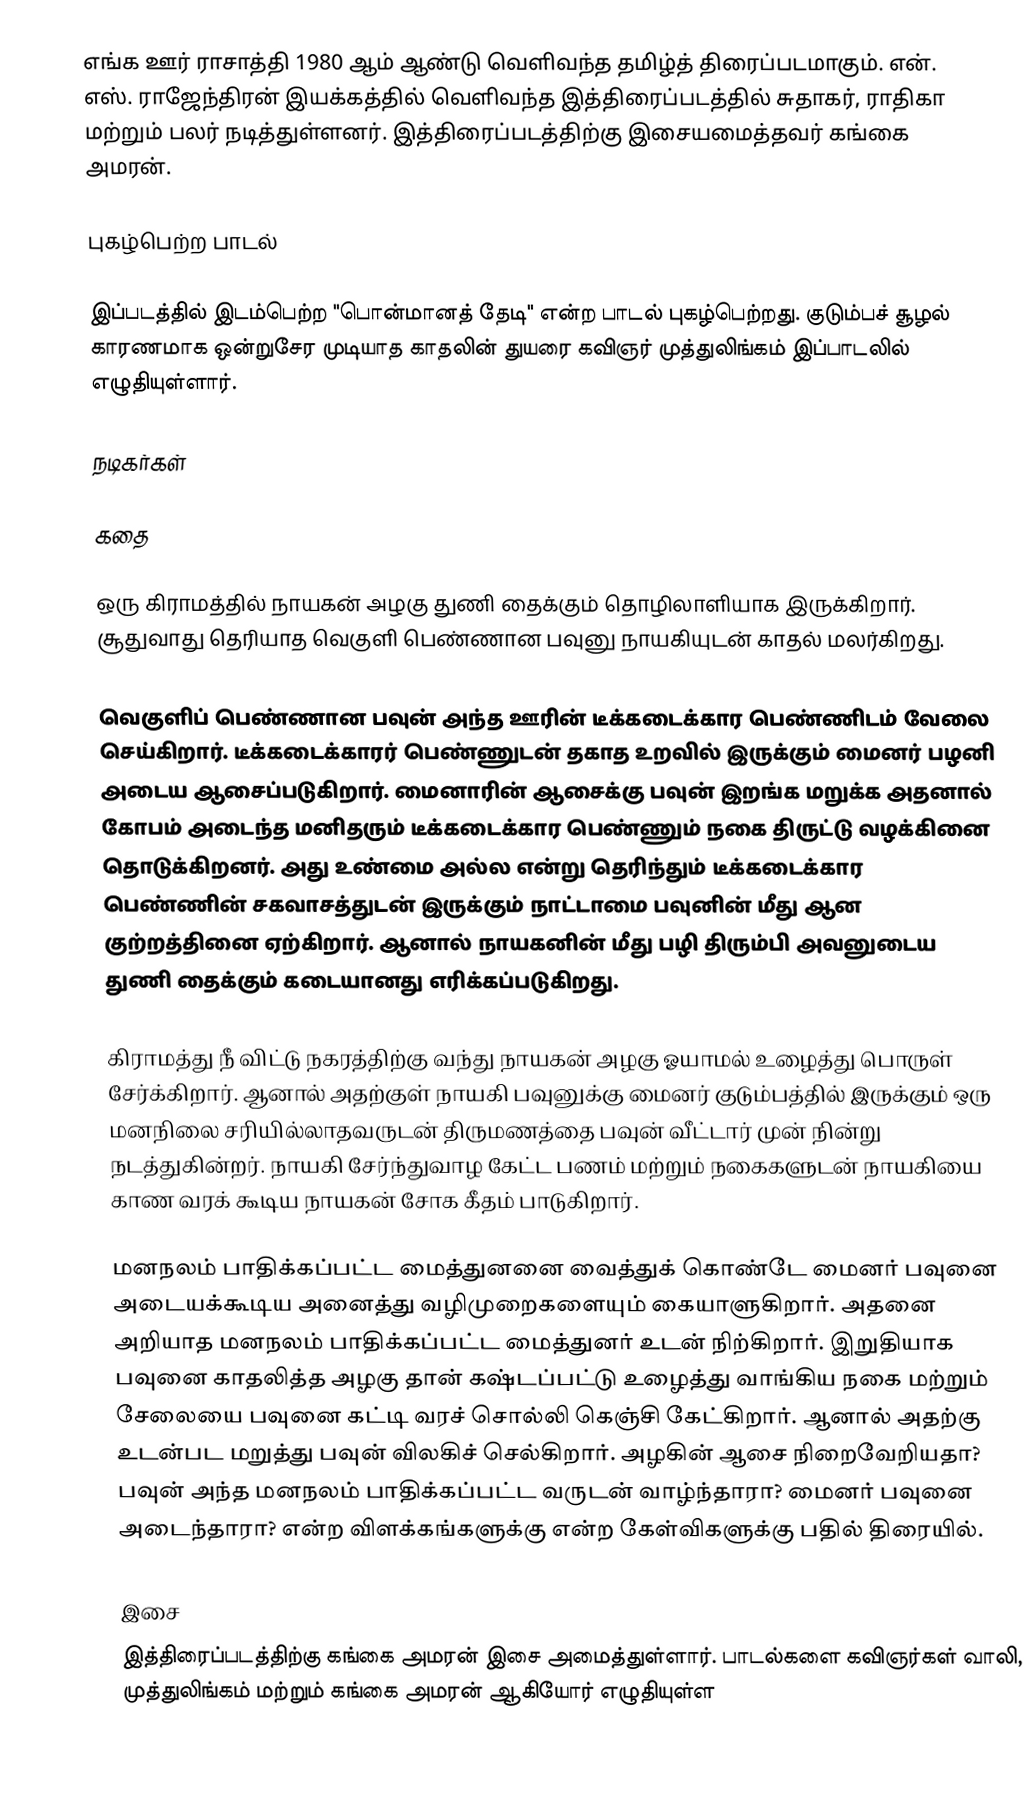
எங்க ஊர் ராசாத்தி 1980 ஆம் ஆண்டு வெளிவந்த தமிழ்த் திரைப்படமாகும். என். எஸ். ராஜேந்திரன் இயக்கத்தில் வெளிவந்த இத்திரைப்படத்தில் சுதாகர், ராதிகா மற்றும் பலர் நடித்துள்ளனர். இத்திரைப்படத்திற்கு இசையமைத்தவர் கங்கை அமரன்.

புகழ்பெற்ற பாடல்

இப்படத்தில் இடம்பெற்ற "பொன்மானத் தேடி" என்ற பாடல் புகழ்பெற்றது. குடும்பச் சூழல் காரணமாக ஒன்றுசேர முடியாத காதலின் துயரை கவிஞர் முத்துலிங்கம் இப்பாடலில் எழுதியுள்ளார்.

நடிகர்கள்

கதை

ஒரு கிராமத்தில் நாயகன் அழகு துணி தைக்கும் தொழிலாளியாக இருக்கிறார். சூதுவாது தெரியாத வெகுளி பெண்ணான பவுனு நாயகியுடன் காதல் மலர்கிறது.

வெகுளிப் பெண்ணான பவுன் அந்த ஊரின் டீக்கடைக்கார பெண்ணிடம் வேலை செய்கிறார். டீக்கடைக்காரர் பெண்ணுடன் தகாத உறவில் இருக்கும் மைனர் பழனி அடைய ஆசைப்படுகிறார். மைனாரின் ஆசைக்கு பவுன் இறங்க மறுக்க அதனால் கோபம் அடைந்த மனிதரும் டீக்கடைக்கார பெண்ணும் நகை திருட்டு வழக்கினை தொடுக்கிறனர். அது உண்மை அல்ல என்று தெரிந்தும் டீக்கடைக்கார பெண்ணின் சகவாசத்துடன் இருக்கும் நாட்டாமை பவுனின் மீது ஆன குற்றத்தினை ஏற்கிறார். ஆனால் நாயகனின் மீது பழி திரும்பி அவனுடைய துணி தைக்கும் கடையானது எரிக்கப்படுகிறது.

கிராமத்து நீ விட்டு நகரத்திற்கு வந்து நாயகன் அழகு ஓயாமல் உழைத்து பொருள் சேர்க்கிறார். ஆனால் அதற்குள் நாயகி பவுனுக்கு மைனர் குடும்பத்தில் இருக்கும் ஒரு மனநிலை சரியில்லாதவருடன் திருமணத்தை பவுன் வீட்டார் முன் நின்று நடத்துகின்றர். நாயகி சேர்ந்துவாழ கேட்ட பணம் மற்றும் நகைகளுடன் நாயகியை காண வரக் கூடிய நாயகன் சோக கீதம் பாடுகிறார்.

மனநலம் பாதிக்கப்பட்ட மைத்துனனை வைத்துக் கொண்டே மைனர் பவுனை அடையக்கூடிய அனைத்து வழிமுறைகளையும் கையாளுகிறார்.  அதனை அறியாத மனநலம் பாதிக்கப்பட்ட மைத்துனர் உடன் நிற்கிறார். இறுதியாக பவுனை காதலித்த அழகு தான் கஷ்டப்பட்டு உழைத்து வாங்கிய நகை மற்றும் சேலையை பவுனை கட்டி வரச் சொல்லி கெஞ்சி கேட்கிறார். ஆனால் அதற்கு உடன்பட மறுத்து பவுன் விலகிச் செல்கிறார். அழகின் ஆசை நிறைவேறியதா? பவுன் அந்த மனநலம் பாதிக்கப்பட்ட வருடன் வாழ்ந்தாரா? மைனர் பவுனை அடைந்தாரா? என்ற விளக்கங்களுக்கு என்ற கேள்விகளுக்கு பதில் திரையில்.

இசை
இத்திரைப்படத்திற்கு கங்கை அமரன் இசை அமைத்துள்ளார். பாடல்களை கவிஞர்கள் வாலி, முத்துலிங்கம் மற்றும் கங்கை அமரன் ஆகியோர் எழுதியுள்ள